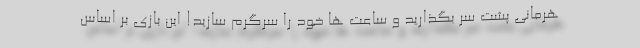
هرمانی پشت سر بگذارید و ساعت ها خود را سرگرم سازید! این بازی بر اساس